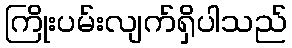
ကြိုးပမ်းလျက်ရှိပါသည်